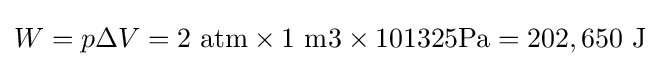
W={p\Delta V}=2~{\text{atm}}\times 1~{\text{m3}}\times 101325{\text{Pa}}=202,650{\text{ J}}